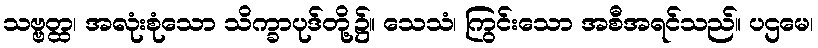
သဗ္ဗတ္ထ၊ အလုံးစုံသော သိက္ခာပုဒ်တို့၌။ သေသံ၊ ကြွင်းသော အစီအရင်သည်။ ပဌမေ၊